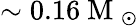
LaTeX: \sim 0.16\mathrm{~M~}_{\odot}